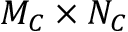
M _ { C } \times N _ { C }